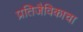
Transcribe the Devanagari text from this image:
प्रतिजैविकाचा